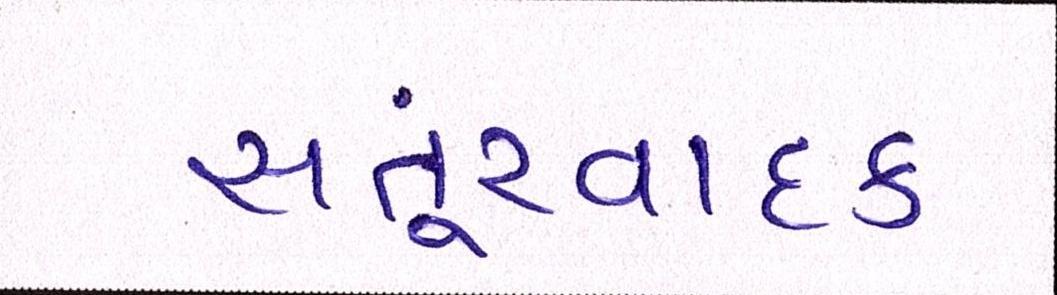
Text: સંતૂરવાદક